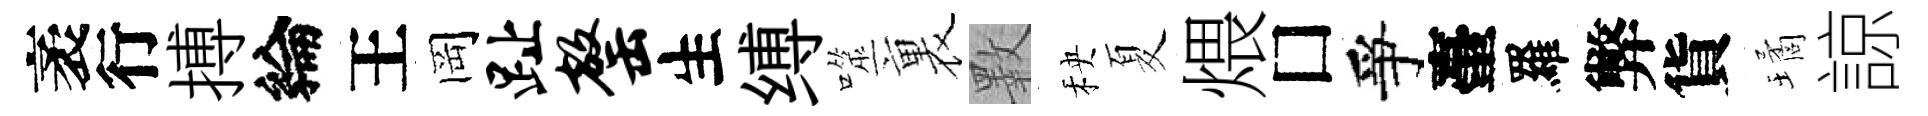
袤行搏綸王岡趾罄生缚噬裏斁秧夏煨□爭臺羅弊貨璚諒